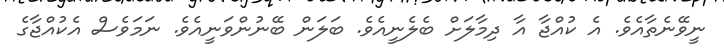
ނީވޭނެތާއެވެ. އެ ކުއްޖާ އާ ދިމާލަށް ބެލެނީއެވެ. ބަލަން ބޭނުންވަނީއެވެ. ނަމަވެސް އެކުއްޖާގެ